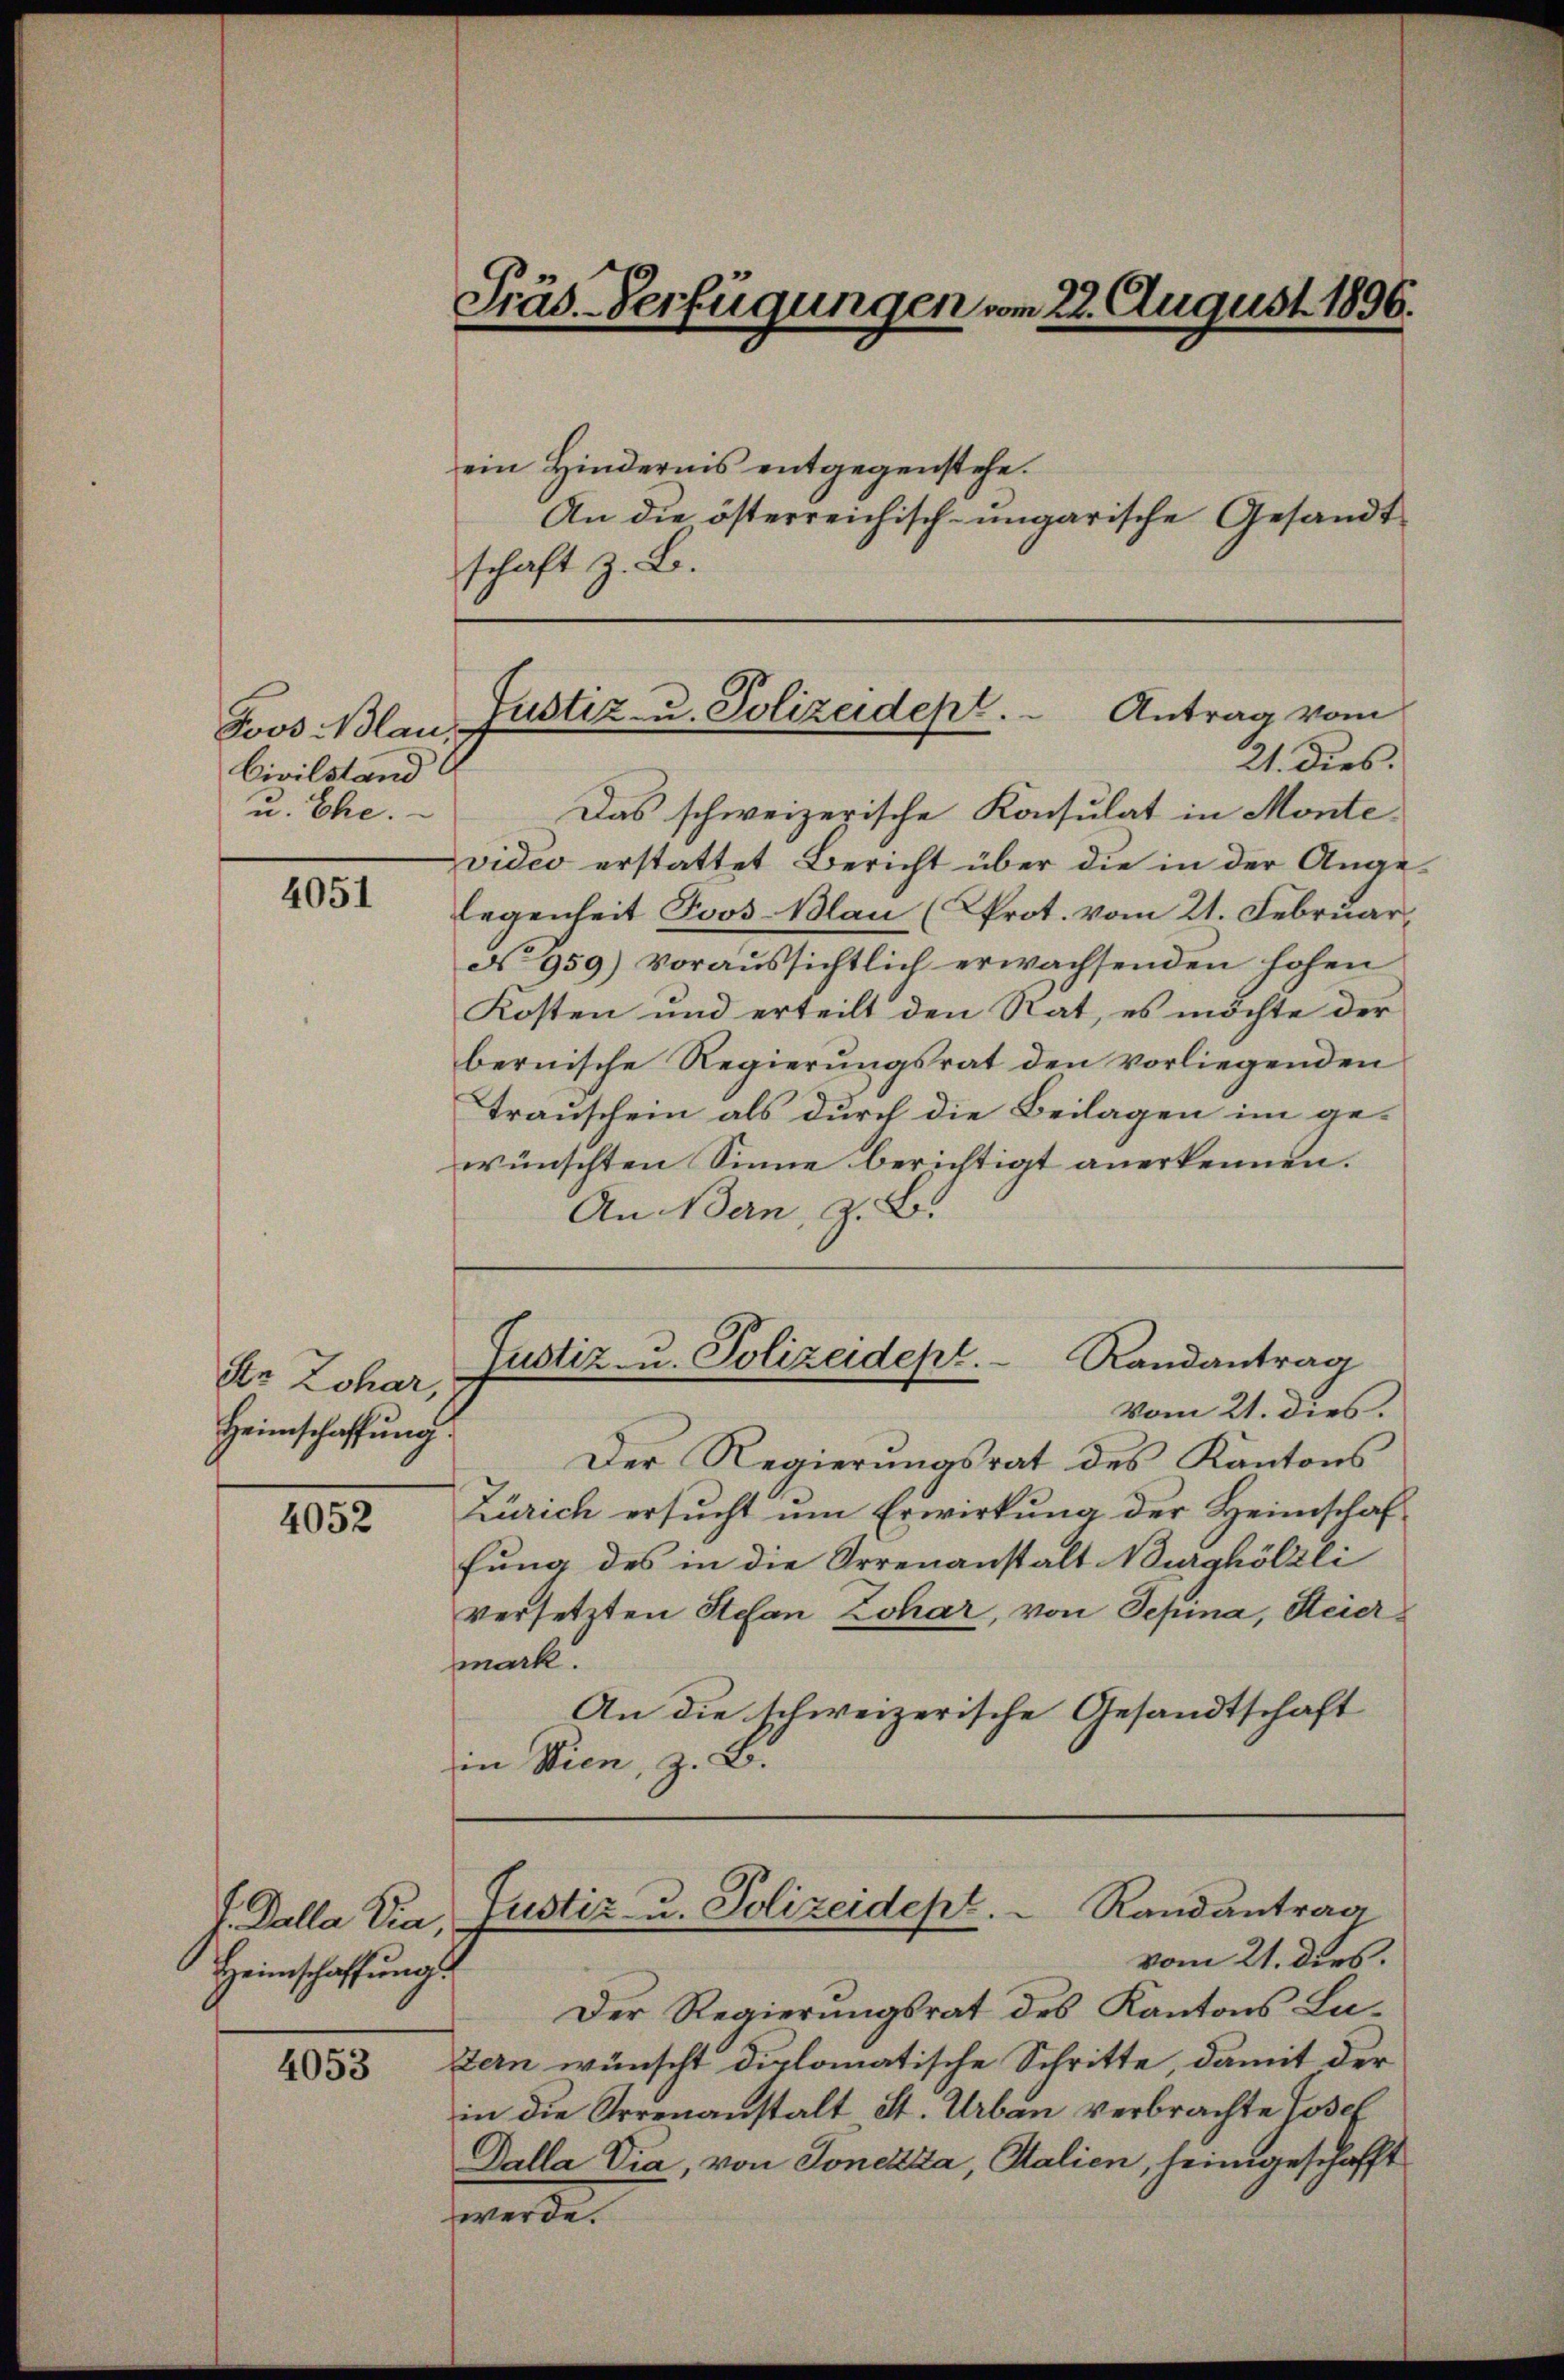
Jovo Blau,
Civilstand
u. Ehe.

4051

Str Lohar,
Heimschaffung

4052

Heimschaffungs

4053

Präs. Verfügungen vom 28. August 1896.

ein Hindernis entgegenstehe.
An die österreichisch-ungarische Gesandtschaft z. B.
Das schweizerische Konsulat in Montevideo erstattet Bericht über die in der Angelegenheit Joos Blau (Prot. vom 21. Februar
No 959) voraussichtlich erwachsenden hohen
Kosten und erteilt den Rat, es möchte der
bernische Regierungsrat den vorliegenden
Trauschein als durch die Beilagen im gewünschten Sinne berichtigt anerkennen.
An Bern, z. B.
Justiz- u. Polizeidept. Randantrag
Vom 21. dies.
Der Regierungsrat des Kantons
Zürich ersucht um Erwirkung der Heimschaf
fung des in die Irrenanstalt Burghölzli
versetzten Stefan Lohar, von Sepina, Steier
mark.
An die schweizerische Gesandtschaft
in Wien, z. B.
J. Dalla Via, Justiz- u. Polizeidept. Randantrag
vom 21. dies.
Der Regierungsrat des Kantons Luzern wünscht diplomatische Schritte, damit der
in die Irrenanstalt St. Urban verbrachte Josef
Dalla Dia, von Sonezza, Salien, heimgeschafft
werde.

Justiz- u. Polizeidept.  Antrag vom
21. dies.